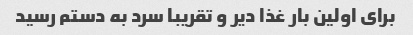
برای اولین بار غذا دیر و تقریبا سرد به دستم رسید